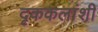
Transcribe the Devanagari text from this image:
दृककलांशी